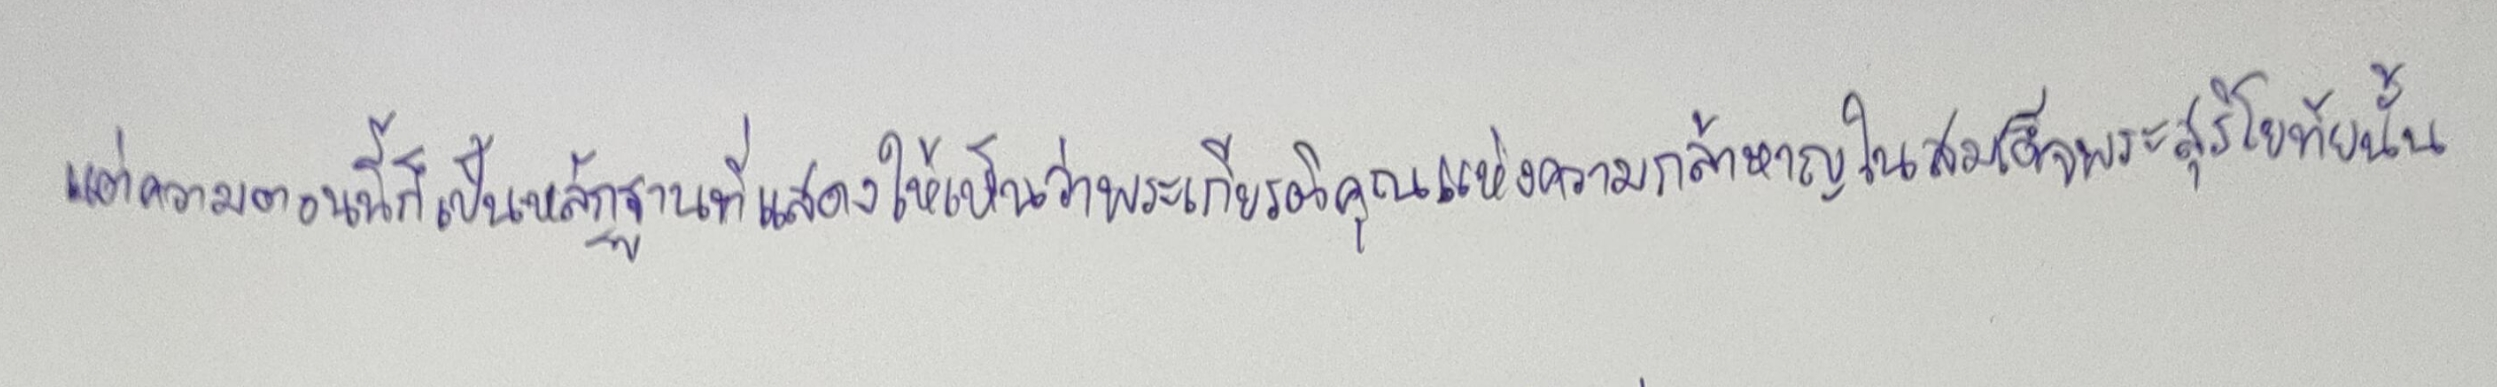
แต่ความตอนนี้ก็เป็นหลักฐานที่แสดงให้เห็นว่าพระเกียรติคุณแห่งความกล้าหาญในสมเด็จพระสุริโยทัยนั้น